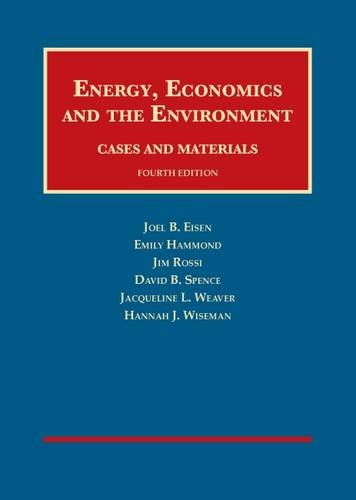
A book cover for Energy, Economics and the Environment (University Casebook Series); Joel Eisen; Business & Money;